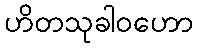
ဟိတသုခါဝဟော